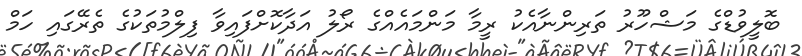
ބޮލީވުޑްގެ މަޝްހޫރު ތަރިންނާއެކު ރީމާ މަންމައެއްގެ ރޯލު އަދާކޮށްފައިވާ ފިލްމުތަކުގެ ތެރޭގައި ހަމް